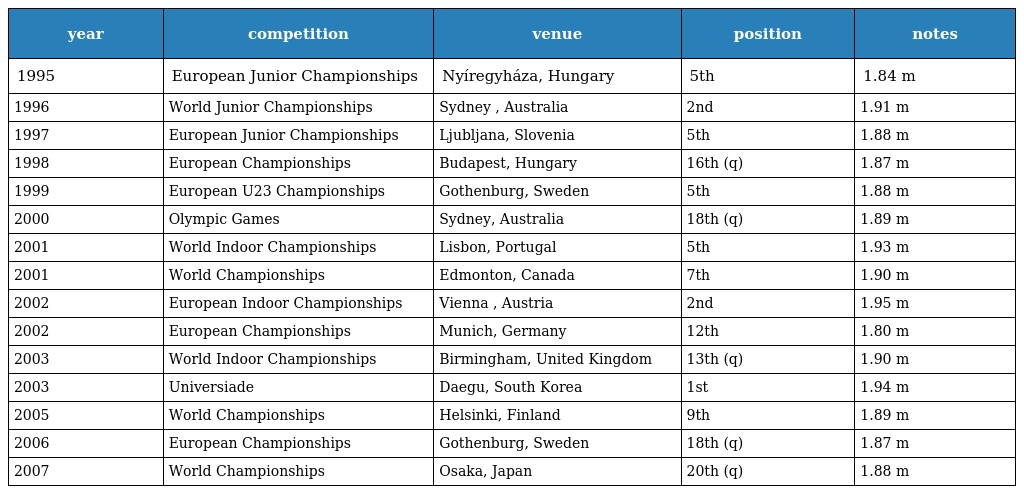
| year | competition | venue | position | notes |
 | --- | --- | --- | --- | --- |
 | 1995 | European Junior Championships | Nyíregyháza, Hungary | 5th | 1.84 m |
 | 1996 | World Junior Championships | Sydney , Australia | 2nd | 1.91 m |
 | 1997 | European Junior Championships | Ljubljana, Slovenia | 5th | 1.88 m |
 | 1998 | European Championships | Budapest, Hungary | 16th (q) | 1.87 m |
 | 1999 | European U23 Championships | Gothenburg, Sweden | 5th | 1.88 m |
 | 2000 | Olympic Games | Sydney, Australia | 18th (q) | 1.89 m |
 | 2001 | World Indoor Championships | Lisbon, Portugal | 5th | 1.93 m |
 | 2001 | World Championships | Edmonton, Canada | 7th | 1.90 m |
 | 2002 | European Indoor Championships | Vienna , Austria | 2nd | 1.95 m |
 | 2002 | European Championships | Munich, Germany | 12th | 1.80 m |
 | 2003 | World Indoor Championships | Birmingham, United Kingdom | 13th (q) | 1.90 m |
 | 2003 | Universiade | Daegu, South Korea | 1st | 1.94 m |
 | 2005 | World Championships | Helsinki, Finland | 9th | 1.89 m |
 | 2006 | European Championships | Gothenburg, Sweden | 18th (q) | 1.87 m |
 | 2007 | World Championships | Osaka, Japan | 20th (q) | 1.88 m |